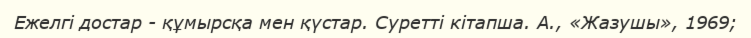
Ежелгі достар - құмырсқа мен қүстар. Суретті кітапша. А., «Жазушы», 1969;